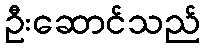
ဦးဆောင်သည်